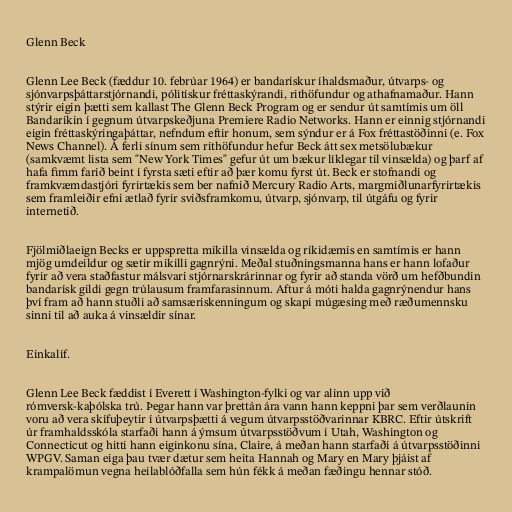
Glenn Beck

Glenn Lee Beck (fæddur 10. febrúar 1964) er bandarískur íhaldsmaður, útvarps- og
sjónvarpsþáttarstjórnandi, pólitískur fréttaskýrandi, rithöfundur og athafnamaður. Hann
stýrir eigin þætti sem kallast The Glenn Beck Program og er sendur út samtímis um öll
Bandaríkin í gegnum útvarpskeðjuna Premiere Radio Networks. Hann er einnig stjórnandi
eigin fréttaskýringaþáttar, nefndum eftir honum, sem sýndur er á Fox fréttastöðinni (e. Fox
News Channel). Á ferli sínum sem rithöfundur hefur Beck átt sex metsölubækur
(samkvæmt lista sem "New York Times" gefur út um bækur líklegar til vinsælda) og þarf af
hafa fimm farið beint í fyrsta sæti eftir að þær komu fyrst út. Beck er stofnandi og
framkvæmdastjóri fyrirtækis sem ber nafnið Mercury Radio Arts, margmiðlunarfyrirtækis
sem framleiðir efni ætlað fyrir sviðsframkomu, útvarp, sjónvarp, til útgáfu og fyrir
internetið.

Fjölmiðlaeign Becks er uppspretta mikilla vinsælda og ríkidæmis en samtímis er hann
mjög umdeildur og sætir mikilli gagnrýni. Meðal stuðningsmanna hans er hann lofaður
fyrir að vera staðfastur málsvari stjórnarskrárinnar og fyrir að standa vörð um hefðbundin
bandarísk gildi gegn trúlausum framfarasinnum. Aftur á móti halda gagnrýnendur hans
því fram að hann stuðli að samsæriskenningum og skapi múgæsing með ræðumennsku
sinni til að auka á vinsældir sínar.

Einkalíf.

Glenn Lee Beck fæddist í Everett í Washington-fylki og var alinn upp við
rómversk-kaþólska trú. Þegar hann var þrettán ára vann hann keppni þar sem verðlaunin
voru að vera skífuþeytir í útvarpsþætti á vegum útvarpsstöðvarinnar KBRC. Eftir útskrift
úr framhaldsskóla starfaði hann á ýmsum útvarpsstöðvum í Utah, Washington og
Connecticut og hitti hann eiginkonu sína, Claire, á meðan hann starfaði á útvarpsstöðinni
WPGV. Saman eiga þau tvær dætur sem heita Hannah og Mary en Mary þjáist af
krampalömun vegna heilablóðfalla sem hún fékk á meðan fæðingu hennar stóð.